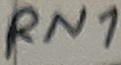
Text: RN1